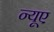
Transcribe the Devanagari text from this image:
न्‍यूए